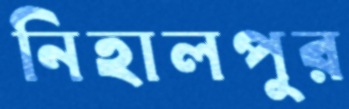
নিহালপুর